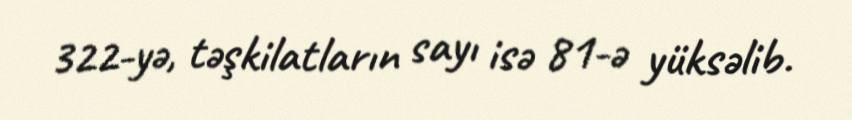
322-yə, təşkilatların sayı isə 81-ə yüksəlib.